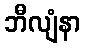
ဘီလျံနာ